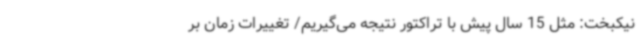
نیکبخت: مثل 15 سال پیش با تراکتور نتیجه می‌گیریم/ تغییرات زمان بر